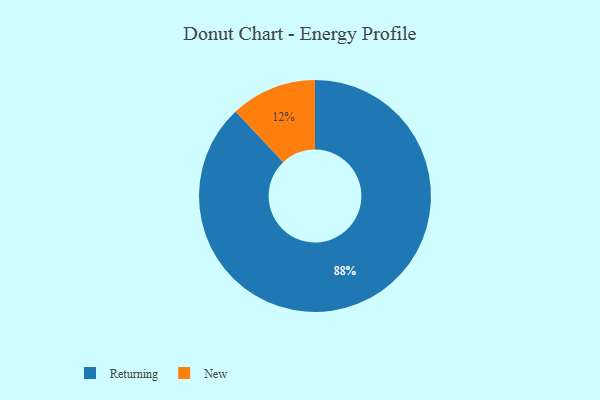
{"axis": {"x": "Category", "y": "Percentage"}, "legend": ["New", "Returning"], "data": [{"x": "Returning", "y": 88, "type": "Returning"}, {"x": "New", "y": 12, "type": "New"}]}